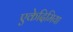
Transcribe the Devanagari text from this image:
एकेदिमिया